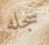
سجله